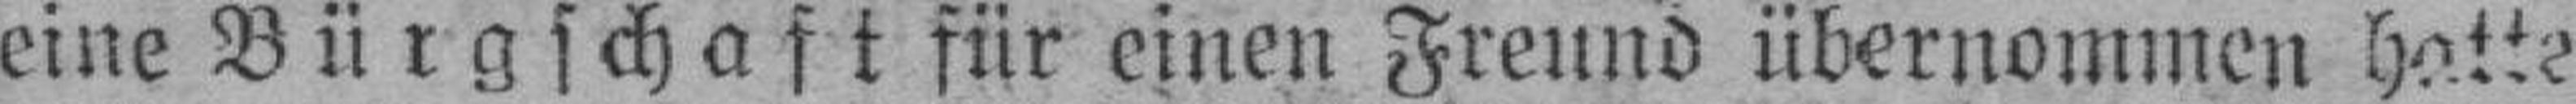
eine Bürgschaft für einen Freund übernommen hatte